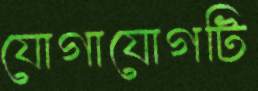
যোগাযোগটি